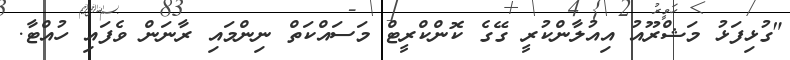
"ގުޅިފަޅު މަޝްރޫއު އިއުލާންކުރީ ގޭގެ ކޮންކްރީޓް މަސައްކަތް ނިންމައި ރާނަން ވެފައި ހުއްޓާ.